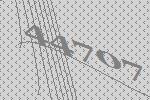
44707